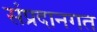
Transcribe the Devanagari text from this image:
संप्रदानगत